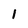
Character: 1